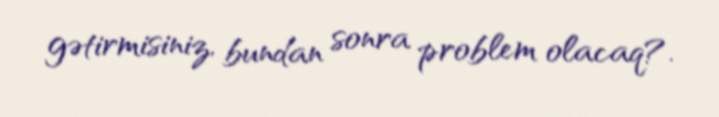
gətirmisiniz, bundan sonra problem olacaq?.